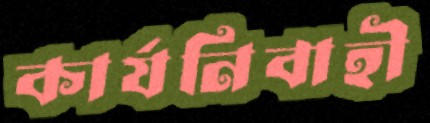
কার্যনিবাহী